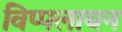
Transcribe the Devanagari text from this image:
विप्पलायन